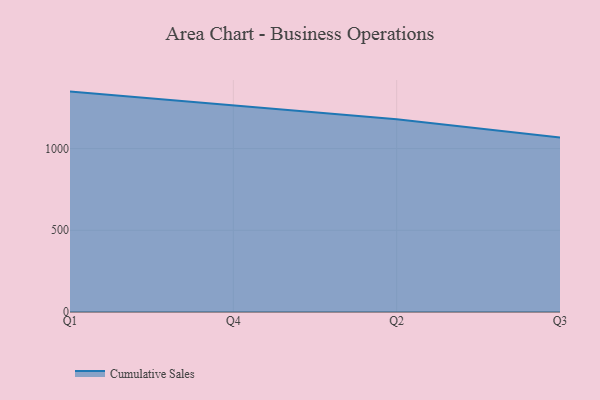
{"axis": {"x": "Quarter", "y": "Conversion Rate (%)"}, "legend": ["Cumulative Sales"], "data": [{"x": "Q1", "y": 1348.6, "type": "Cumulative Sales"}, {"x": "Q4", "y": 1263.7, "type": "Cumulative Sales"}, {"x": "Q2", "y": 1179.5, "type": "Cumulative Sales"}, {"x": "Q3", "y": 1067.9, "type": "Cumulative Sales"}]}